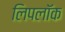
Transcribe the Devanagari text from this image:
लिपलॉक